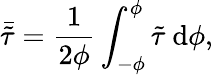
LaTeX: \bar{\tilde{\tau}}=\frac{1}{2\phi}\int_{-\phi}^{\phi}\tilde{\tau}\ \mathrm{d}\phi,